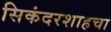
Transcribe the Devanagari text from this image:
सिकंदरशाहचा